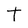
Character: T